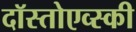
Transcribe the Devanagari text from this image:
दॉस्तोएव्स्की